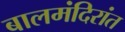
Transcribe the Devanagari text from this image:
बालमंदिरांत